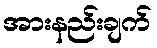
အားနည်းချက်